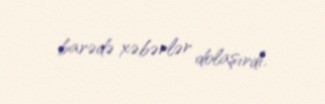
barədə xəbərlər dolaşırdı.